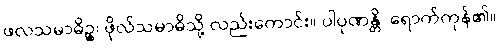
ဖလသမာဓိဉ္စ၊ ဖိုလ်သမာဓိသို့ လည်းကောင်း။ ပါပုဏန္တိ၊ ရောက်ကုန်၏။